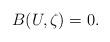
LaTeX: \begin{align*}B(U,\zeta )=0. \end{align*}